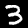
Label: 3